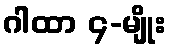
ဂါထာ ၄-မျိုး